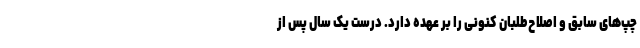
چپ‌های سابق و اصلاح‌طلبان کنونی را بر عهده دارد. درست یک سال پس از